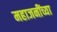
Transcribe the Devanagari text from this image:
महाजनींच्या